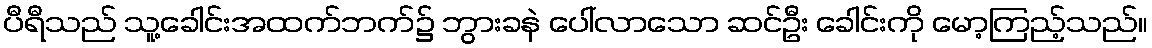
ပီရီသည် သူ့ခေါင်းအထက်ဘက်၌ ဘွားခနဲ ပေါ်လာသော ဆင်ဦး ခေါင်းကို မော့ကြည့်သည်။